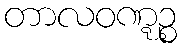
တာလဝဏ္ဋဉ္စ